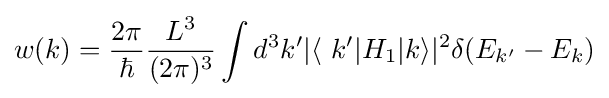
w(k)={\frac {2\pi }{\hbar }}{\frac {L^{3}}{(2\pi )^{3}}}\int d^{3}k'|\langle \ k'|H_{1}|k\rangle |^{2}\delta (E_{k'}-E_{k})